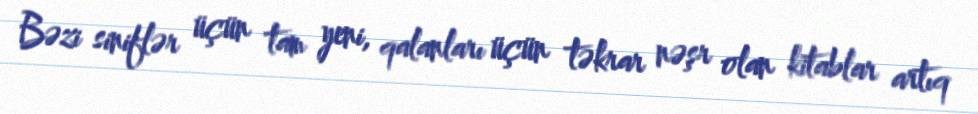
Bəzi siniflər üçün tam yeni, qalanları üçün təkrar nəşr olan kitablar artıq